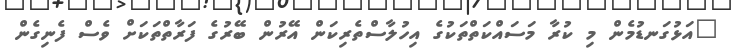
"އަޅުގަނޑުމެން މި ކުރާ މަސައްކަތްތަކުގެ އިހުލާސްތެރިކަން އޭރުން ބޭރުގެ ފަރާތްތަކަށް ވެސް ފެނިގެން